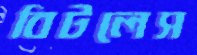
বিটলেস